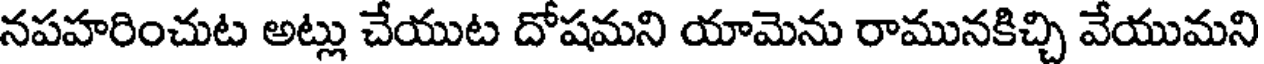
నపహరించుట అట్లు చేయుట దోషమని యామెను రామునకిచ్చి వేయుమని